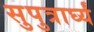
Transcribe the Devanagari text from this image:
सुपुत्रार्घ्यं